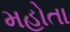
મહોતા